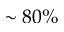
\sim 8 0 \%